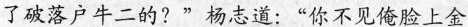
了破落户牛二的?”杨志道：“你不见俺脸上金